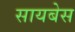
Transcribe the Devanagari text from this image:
सायबेस